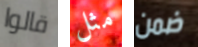
قالوا مثل ضمن